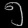
Digit: ၅